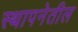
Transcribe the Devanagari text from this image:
स्थापनेतील